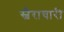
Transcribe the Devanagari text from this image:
स्वैराचारी